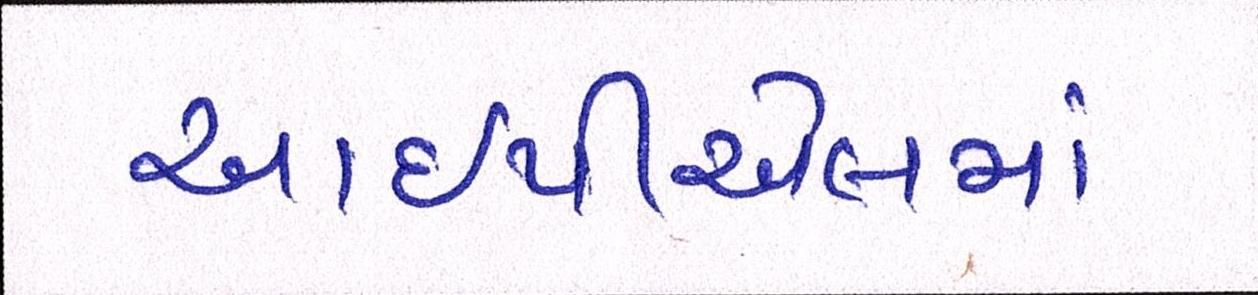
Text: આઇપીએલમાં